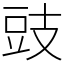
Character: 豉